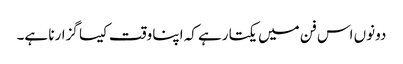
دونوں اس فن میں یکتا رہے کہ اپنا وقت کیسا گزارنا ہے۔